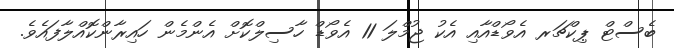
ބެސްޓް ޕިކްޗަރ އެވޯޑްއާއި އެކު ޖުމްލަ 11 އެވޯޑް ހާސިލްކޮށް އެންމެން ހައިރާންކޮއްލާފައެވެ.